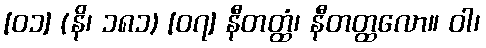
[၀၁] (နိ၊ ၁၈၁) [၀၇] နီတတ္ထံ၊ နီတတ္ထလော။ ဝါ၊